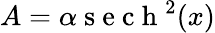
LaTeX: A=\alpha\mathrm{~s~e~c~h~}^{2}(x)